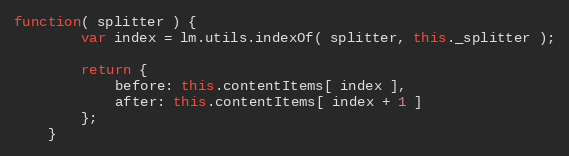
Language: JavaScript
function( splitter ) {
		var index = lm.utils.indexOf( splitter, this._splitter );

		return {
			before: this.contentItems[ index ],
			after: this.contentItems[ index + 1 ]
		};
	}